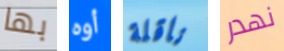
بها أوه ناقلة نهدر